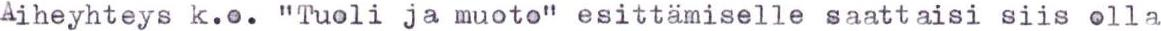
Aiheyhteys k.o. "Tuoli ja muoto" esittämiselle saattaisi siis olla